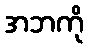
အဘကို